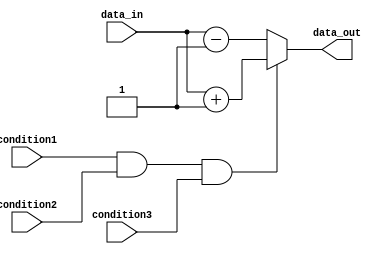
module behavioral_block (
    input wire condition1,
    input wire condition2,
    input wire condition3,
    input wire data_in,
    output reg data_out
);

always @(*) begin
    if (condition1 && condition2 && condition3) begin
        // If all conditions are true, perform operations
        data_out = data_in + 1;
    end else begin
        // If any condition is false, perform different operations
        data_out = data_in - 1;
    end
end

endmodule